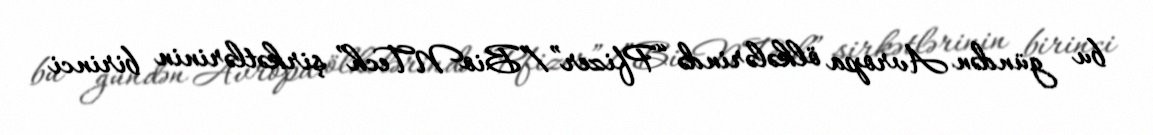
bu gündən Avropa ölkələrində “Pfizer”/”BioNTech” şirkətlərinin birinci